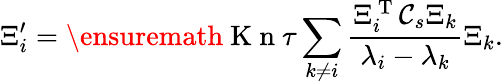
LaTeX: \Xi_{i}^{\prime}=\ensuremath{\mathrm{~K~n~}}\tau\sum_{k\neq i}\frac{\Xi_{i}^{\mathrm{~T~}}\mathcal C_{s}\Xi_{k}}{\lambda_{i}-\lambda_{k}}\Xi_{k}.